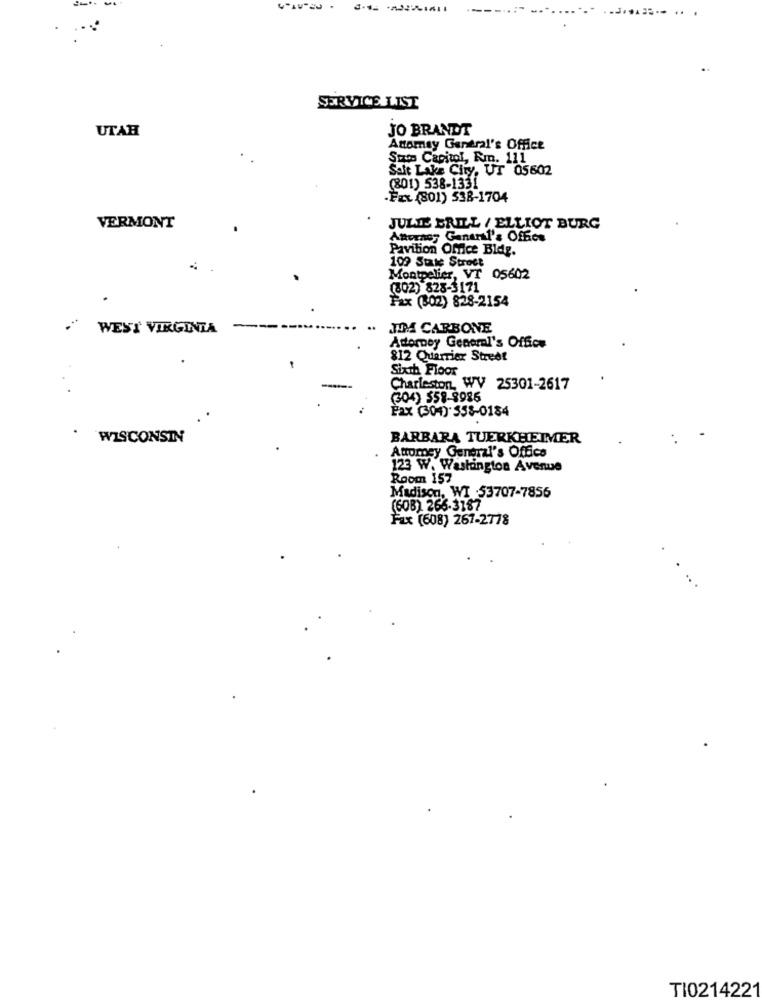
-...
SERVICE LIST
UTAH
JO BRANDT
Atomay General's Office
Stats Capitol, Rin. 111
Salt Lake City, UT 05602
(801) 538-1331
Fax (801) 538-1704
VERMONT
JULIE BRILL / ELLIOT BURG
Attorney General's Office
Pavilion Office Bldg.
109 State Street
Montpelier, VT 05602
(802) 828-3171
Fax (302) 828-2154
WEST VIRGINIA
JIM CARBONE
Attorney General's Office
812 Quarriex Street
Sixth Floor
Charleston, WV 25301-2617
(304) 558-8986
Fax (300) 558-0184
WISCONSIN
BARBARA TUERKHEIMER
Attorney General's Office
123 W. Washington Avenue
Room 157
Madison, WI :53707-7856
(608) 266-3187
Fax (608) 267-2778
TI0214221